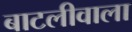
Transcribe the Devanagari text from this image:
बाटलीवाला